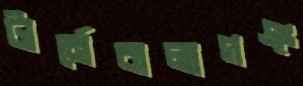
টার্নেবালাগঞ্